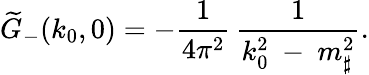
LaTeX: \widetilde{G}_{-}(k_{0},0)=-{\frac{1}{4\pi^{2}}}\, {\frac{1}{k_{0}^{2}\ -\ m_{\sharp}^{2}}}.